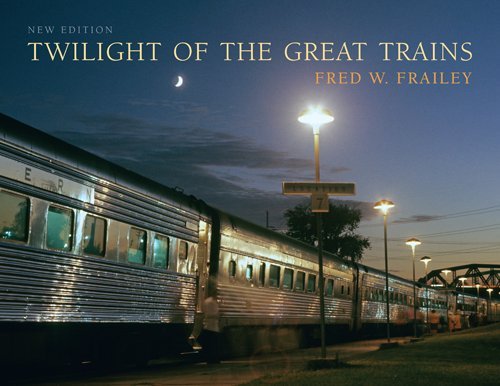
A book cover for Twilight of the Great Trains, Expanded Edition (Railroads Past and Present); Fred W. Frailey; Arts & Photography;